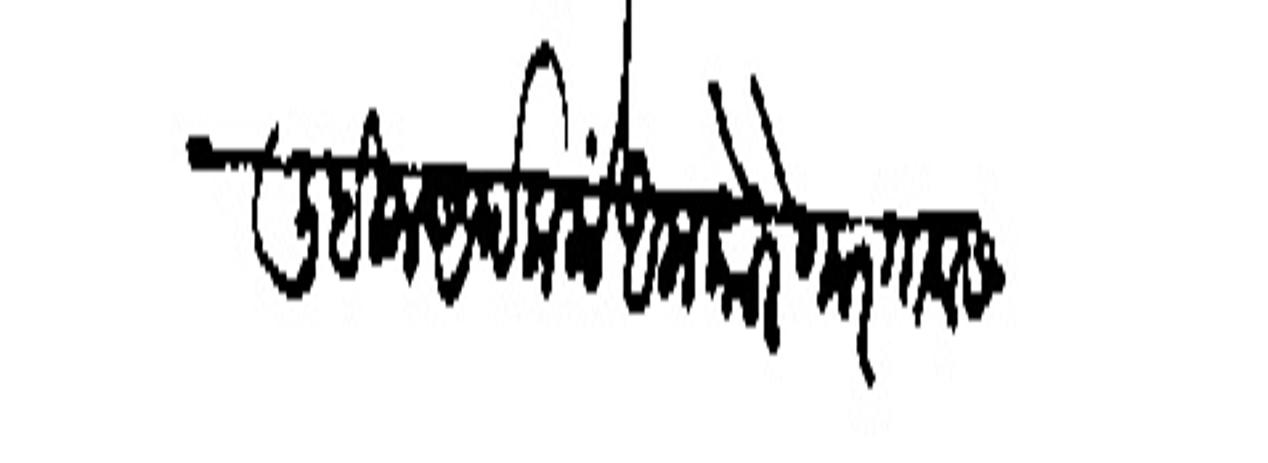
Transliteration (Devanagari): लिहिला अर्थ कलों आला कोरेगार गावास